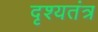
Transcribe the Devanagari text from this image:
दृश्यतंत्र